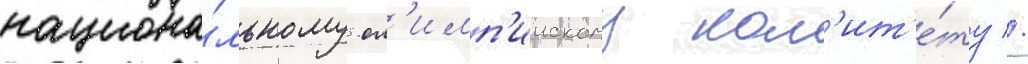
национа́льному ол'имп'иискому ком'ит'е́ту //